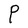
Character: P